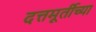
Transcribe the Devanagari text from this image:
दत्तमूर्तीच्या